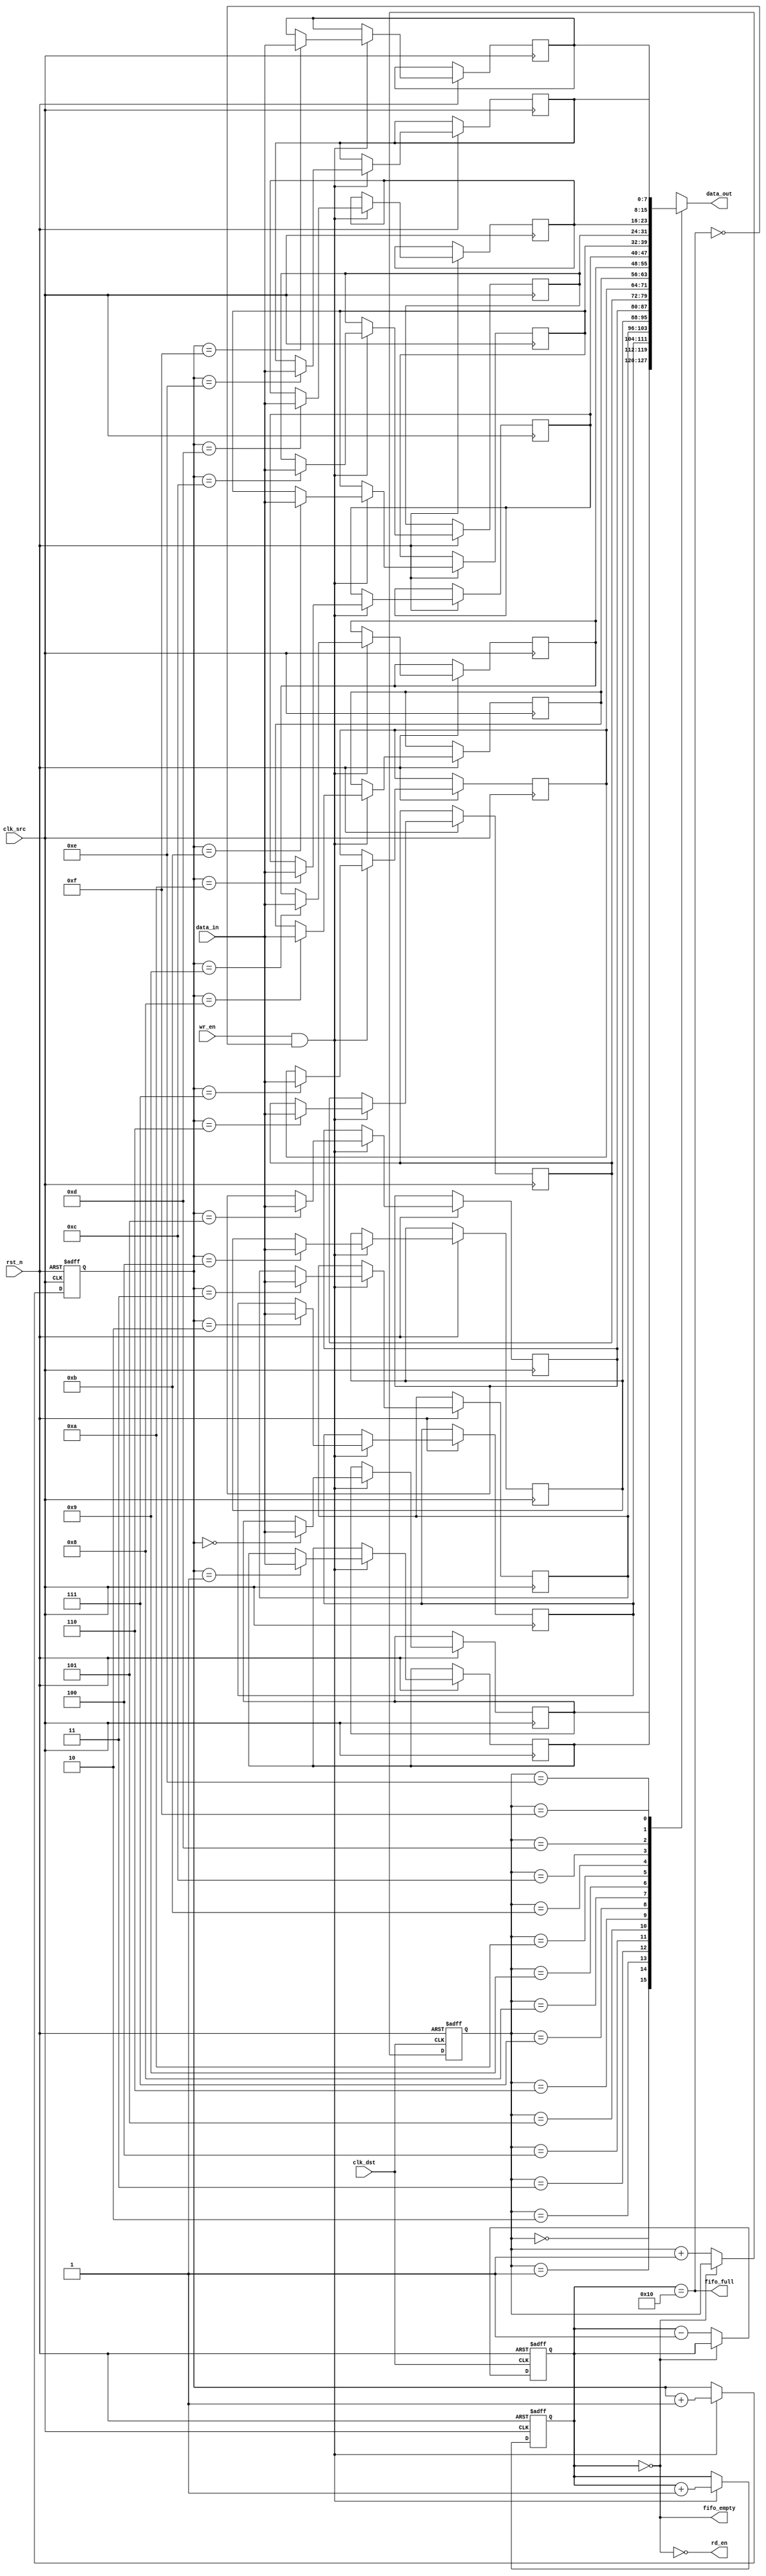
module fifo_synchronizer #(
    parameter DATA_WIDTH = 8,      // Width of data
    parameter FIFO_DEPTH = 16       // Depth of FIFO
)(
    input wire clk_src,             // Source clock
    input wire clk_dst,             // Destination clock
    input wire rst_n,               // Active low reset
    input wire wr_en,               // Write enable from source domain
    input wire [DATA_WIDTH-1:0] data_in, // Data input from source domain
    output wire rd_en,              // Read enable to destination domain
    output wire [DATA_WIDTH-1:0] data_out, // Data output to destination domain
    output wire fifo_full,          // FIFO full flag
    output wire fifo_empty          // FIFO empty flag
);

    // FIFO memory array
    reg [DATA_WIDTH-1:0] fifo_mem [0:FIFO_DEPTH-1];
    reg [clog2(FIFO_DEPTH)-1:0] wr_ptr, rd_ptr; // Write and read pointers
    reg [clog2(FIFO_DEPTH):0] fifo_count; // FIFO count

    // Write Control Logic
    always @(posedge clk_src or negedge rst_n) begin
        if (!rst_n) begin
            wr_ptr <= 0;
            fifo_count <= 0;
        end else if (wr_en && !fifo_full) begin
            fifo_mem[wr_ptr] <= data_in; // Write data to FIFO
            wr_ptr <= wr_ptr + 1;
            fifo_count <= fifo_count + 1;
        end
    end

    // Read Control Logic
    always @(posedge clk_dst or negedge rst_n) begin
        if (!rst_n) begin
            rd_ptr <= 0;
            fifo_count <= 0;
        end else if (rd_en && !fifo_empty) begin
            rd_ptr <= rd_ptr + 1;
            fifo_count <= fifo_count - 1;
        end
    end

    // Output data from FIFO
    assign data_out = fifo_mem[rd_ptr];

    // FIFO full and empty flags
    assign fifo_full = (fifo_count == FIFO_DEPTH);
    assign fifo_empty = (fifo_count == 0);

    // Read enable logic (to be controlled by external logic)
    assign rd_en = !fifo_empty; // Enable read when FIFO is not empty

    // Function to calculate log2
    function integer clog2;
        input integer value;
        integer i;
        begin
            clog2 = 0;
            for (i = 0; (2**i) < value; i = i + 1) begin
                clog2 = i + 1;
            end
        end
    endfunction

endmodule